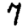
Digit: 7